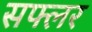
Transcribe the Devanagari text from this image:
सफ्लर